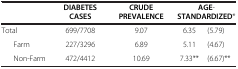
<table><thead><tr><td><b> </b></td><td><b>DIABETES CASES</b></td><td><b>CRUDE PREVALENCE</b></td><td colspan="5"><b>AGE-STANDARDIZED*</b></td></tr></thead><tbody><tr><td>Total</td><td>699/7708</td><td>9.07</td><td>6.35</td><td>(5.79)</td></tr><tr><td>Farm</td><td>227/3296</td><td>6.89</td><td>5.11</td><td>(4.67)</td></tr><tr><td>Non-Farm</td><td>472/4412</td><td>10.69</td><td>7.33**</td><td>(6.67)**</td></tr></tbody></table>